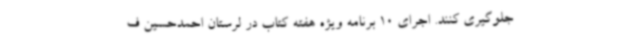
جلوگیری کنند. اجرای 10 برنامه ویژه هفته کتاب در لرستان احمدحسین ف